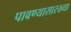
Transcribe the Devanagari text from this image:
पावण्यासारख्या